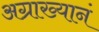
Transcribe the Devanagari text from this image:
अग्राख्यानं